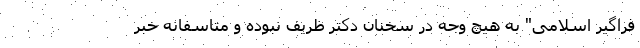
فراگیر اسلامی" به هیچ وجه در سخنان دکتر ظریف نبوده و متاسفانه خبر